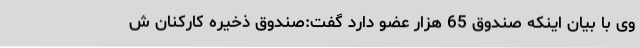
وی با بیان اینکه صندوق 65 هزار عضو دارد گفت:صندوق ذخیره کارکنان ش